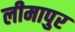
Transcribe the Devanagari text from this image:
लीमापुर